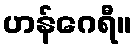
ဟန်ဂေရီ။